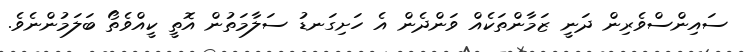
ސައިންސްވެރިން ދަނީ ޒަމާންތަކެއް ވަންދެން އެ ހަށިގަނޑު ސަލާމަތުން އޮތީ ކީއްވެތޯ ބަލަމުންނެވެ.